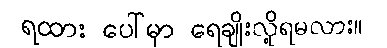
ရထား ပေါ်မှာ ရေချိုးလို့ရမလား။